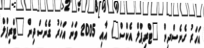
އަހަރު ގެނެސްދިން "ޓްރިޕްލް އެކްސް" އާއި 2005 ވަނަ އަހަރު ގެނެސްދިން "ޓްރިޕްލް